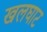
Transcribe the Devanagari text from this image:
खलघाट